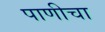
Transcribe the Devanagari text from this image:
पाणीचा